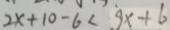
2 x + 1 0 - 6 < 9 x + 6